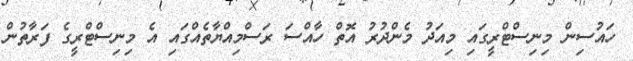
ހައުސިން މިނިސްޓްރީގައި މިއަދު މެންދުރު އޮތް ހާއްސަ ރަސްމިއްޔާތެއްގައި އެ މިނިސްޓްރީގެ ފަރާތުން